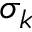
\sigma _ { k }